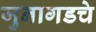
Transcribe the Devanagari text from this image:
जुनागडचे